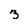
Character: 3